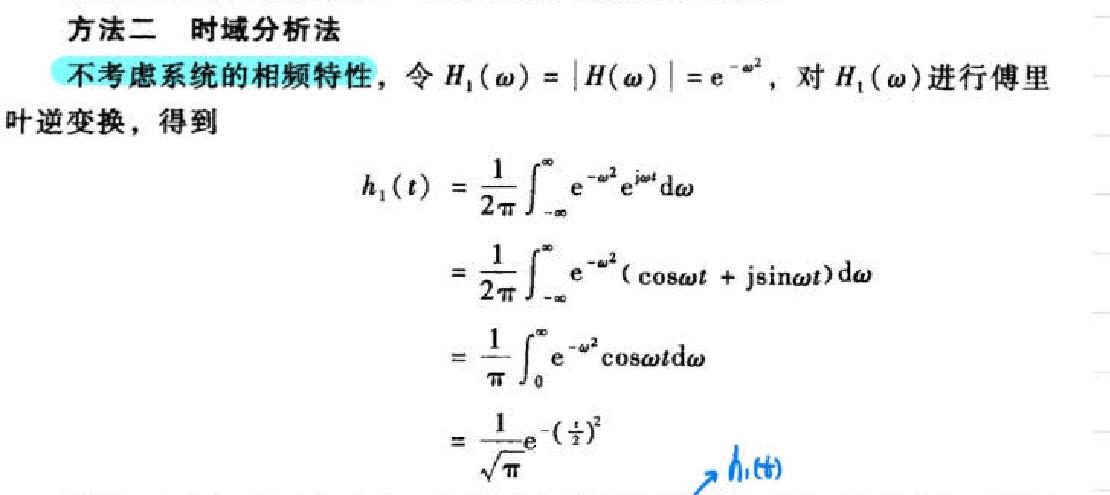
方法二 时域分析法
不考虑系统的相频特性，令 \(H_1(\omega)=|H(\omega)| = e^{-\omega^2}\)，对 \(H_1(\omega)\) 进行傅里叶逆变换，得到
\[
\begin{align*}
h_1(t)&=\frac{1}{2\pi}\int_{-\infty}^{\infty}e^{-\omega^2}e^{j\omega t}d\omega\\
&=\frac{1}{2\pi}\int_{-\infty}^{\infty}e^{-\omega^2}(\cos\omega t + j\sin\omega t)d\omega\\
&=\frac{1}{\pi}\int_{0}^{\infty}e^{-\omega^2}\cos\omega td\omega\\
&=\frac{1}{\sqrt{\pi}}e^{-(\frac{t}{2})^2}
\end{align*}
\]
\(\rightarrow h_1(t)\)